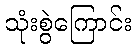
သုံးစွဲကြောင်း